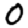
Digit: 0